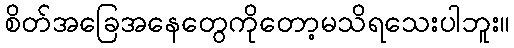
စိတ်အခြေအနေတွေကိုတော့မသိရသေးပါဘူး။